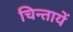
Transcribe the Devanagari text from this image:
चिन्तायें